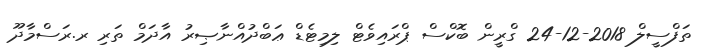
ތަފްސީލް 2018-12-24 ގްރީން ބޮކްސް ޕްރައިވެޓް ލިމިޓެޑް ޢަބްދުއްނާޞިރު އާދަމް ތަރި ރ.ރަސްމާދޫ